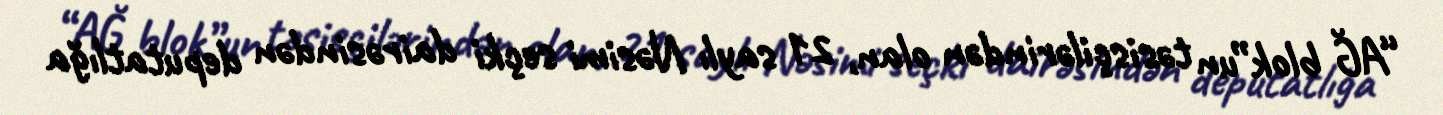
“AĞ blok”un təsisçilərindən olan, 21 saylı Nəsimi seçki dairəsindən deputatlığa